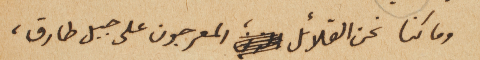
وما كنا نحن القلائل المعرجون على جبل طارق،